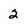
Character: 2